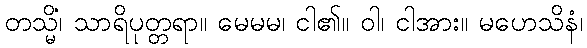
တသ္မိံ၊ သာရိပုတ္တရာ။ မေမမ၊ ငါ၏။ ဝါ၊ ငါအား။ မဟေသိနံ၊